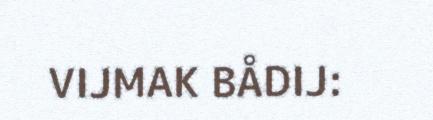
VIJMAK BÅDIJ: